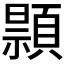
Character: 𫖢